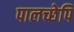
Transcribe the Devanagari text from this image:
पालच्छेपि